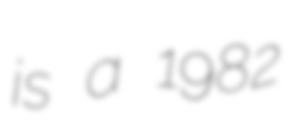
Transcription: is a 1982